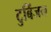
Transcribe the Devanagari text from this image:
टुबिंजन